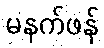
မနက်ဖန်